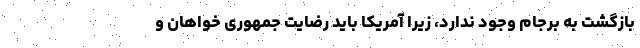
بازگشت به برجام وجود ندارد، زیرا آمریکا باید رضایت جمهوری خواهان و